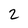
Character: 2